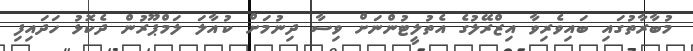
މުބާރާތުގައި ބައިވެރިވާ އިޒްރޭލުގެ އެތުލީޓުންނަށް ވިސާ ދިނުމަށް ކުއާލަ ލަމްޕޫރުން ދެކޮޅު ހަދައިފި